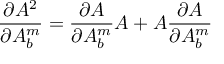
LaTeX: \frac { \partial { \cal A } ^ { 2 } } { \partial A _ { b } ^ { m } } = \frac { \partial { \cal A } } { \partial A _ { b } ^ { m } } { \cal A } + { \cal A } \frac { \partial { \cal A } } { \partial A _ { b } ^ { m } }